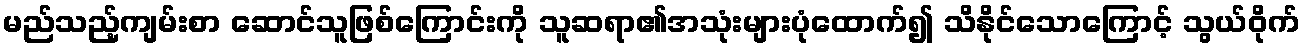
မည်သည့်ကျမ်းစာ ဆောင်သူဖြစ်ကြောင်းကို သူဆရာ၏အသုံးများပုံထောက်၍ သိနိုင်သောကြောင့် သွယ်ဝိုက်